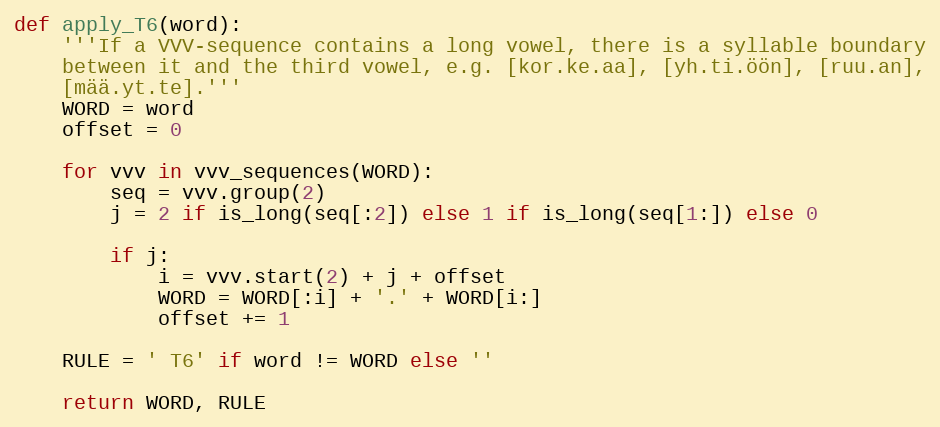
Language: Python
def apply_T6(word):
    '''If a VVV-sequence contains a long vowel, there is a syllable boundary
    between it and the third vowel, e.g. [kor.ke.aa], [yh.ti.öön], [ruu.an],
    [mää.yt.te].'''
    WORD = word
    offset = 0

    for vvv in vvv_sequences(WORD):
        seq = vvv.group(2)
        j = 2 if is_long(seq[:2]) else 1 if is_long(seq[1:]) else 0

        if j:
            i = vvv.start(2) + j + offset
            WORD = WORD[:i] + '.' + WORD[i:]
            offset += 1

    RULE = ' T6' if word != WORD else ''

    return WORD, RULE